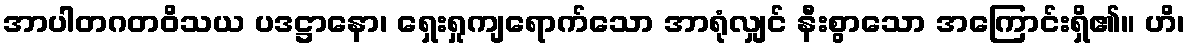
အာပါတဂတဝိသယ ပဒဋ္ဌာနော၊ ရှေးရှုကျရောက်သော အာရုံလျှင် နီးစွာသော အကြောင်းရှိ၏။ ဟိ၊